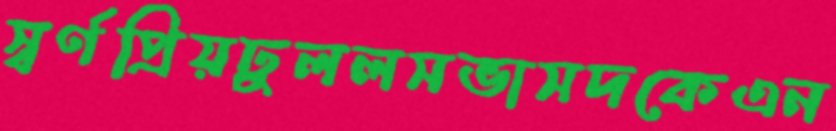
স্বর্ণপ্রিয়ঢুললসভাসদকেএন